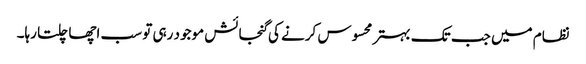
نظام میں جب تک بہتر محسوس کرنے کی گنجائش موجود رہی تو سب اچھا چلتا رہا۔